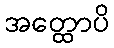
အတ္ထောပိ